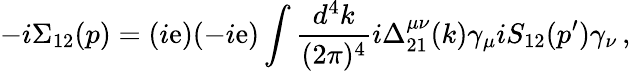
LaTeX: -i\Sigma_{12}(p)=(i\mathrm{e})(-i\mathrm{e})\int{\frac{{d^{4}k}}{{(2\pi)^{4}}}i\Delta_{21}^{\mu\nu}(k)\gamma_{\mu}iS_{12}(p^{\prime})\gamma_{\nu}\, ,}